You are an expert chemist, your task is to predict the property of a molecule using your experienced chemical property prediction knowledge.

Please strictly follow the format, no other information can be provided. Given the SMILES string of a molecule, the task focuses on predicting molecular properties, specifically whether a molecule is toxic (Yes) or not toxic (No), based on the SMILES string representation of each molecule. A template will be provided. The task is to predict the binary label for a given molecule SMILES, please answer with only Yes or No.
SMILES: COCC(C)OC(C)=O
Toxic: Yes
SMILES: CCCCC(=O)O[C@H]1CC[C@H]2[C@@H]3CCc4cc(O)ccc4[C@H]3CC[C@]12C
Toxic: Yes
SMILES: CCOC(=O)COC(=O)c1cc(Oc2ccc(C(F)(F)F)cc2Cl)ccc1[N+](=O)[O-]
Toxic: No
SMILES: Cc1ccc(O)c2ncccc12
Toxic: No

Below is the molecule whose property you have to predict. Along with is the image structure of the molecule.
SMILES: Cc1cc(Br)ccc1NC(=O)CCl
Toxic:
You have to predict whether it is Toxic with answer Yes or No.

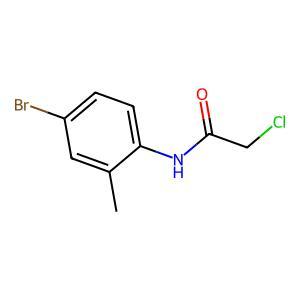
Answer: No